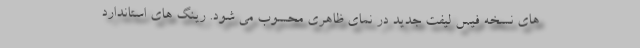
های نسخه فیس لیفت جدید در نمای ظاهری محسوب می شود. رینگ های استاندارد